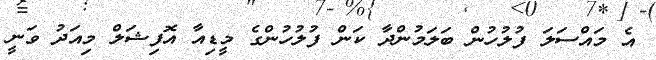
އެ މައްސަލަ ފުލުހުން ބަލަމުންދާ ކަން ފުލުހުންގެ މީޑިއާ އޮފިޝަލް މިއަދު ވަނީ